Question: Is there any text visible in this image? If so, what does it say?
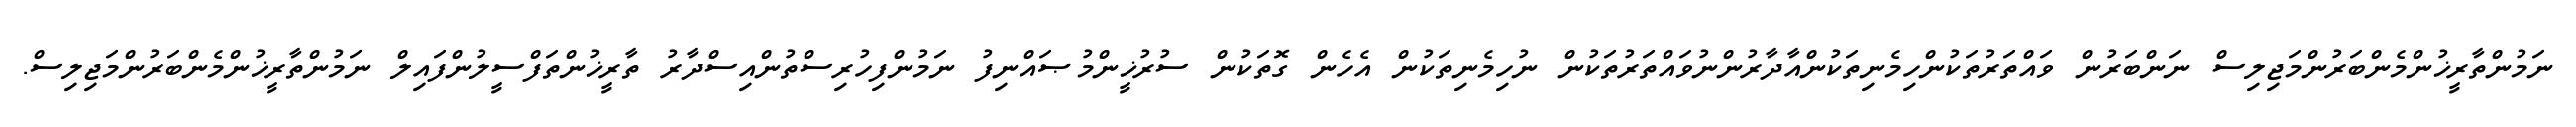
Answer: ނަމުންތާރީޚުންމެންބަރުންމަޖިލިސް ނަންބަރުން ވައްތަރުތަކުންހިމެނިތަކުންއާދާރުންނުވައްތަރުތަކުން ނުހިމެނިތަކުން އެހެން ގޮތަކުން ސުރުޚީންމުޞައްނިފު ނަމުންފިހުރިސްތުންއިސްދާރު ތާރީޚުންތަފްސީލުންފައިލް ނަމުންތާރީޚުންމެންބަރުންމަޖިލިސް.